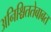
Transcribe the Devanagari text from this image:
अनिश्चिततेबाबत